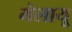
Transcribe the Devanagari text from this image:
मेलायू